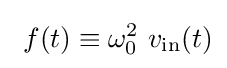
~f(t)\equiv \omega _{0}^{2}\ v_{\mathrm {in} }(t)